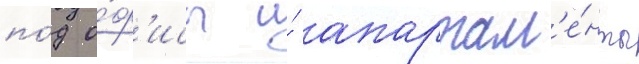
по́д о́ф'исы и́ апартам'е́нты